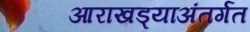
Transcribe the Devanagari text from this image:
आराखड्याअंतर्गत